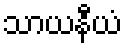
သာယနီယံ